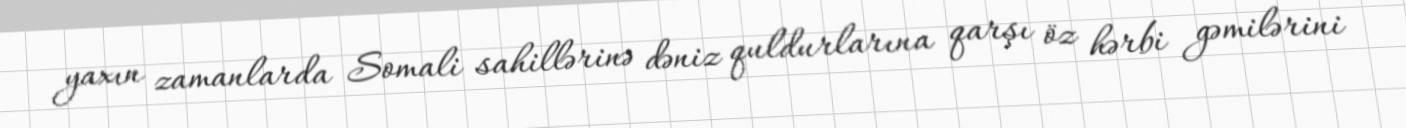
yaxın zamanlarda Somali sahillərinə dəniz quldurlarına qarşı öz hərbi gəmilərini